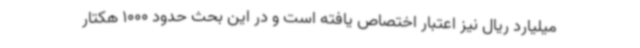
میلیارد ریال نیز اعتبار اختصاص یافته است و در این بحث حدود 1000 هکتار